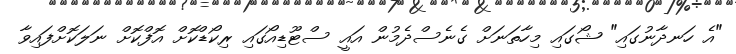
"އެ ހަނދާނުގައި" ޝޯގައި މިހާތަނަށް ގެނެސްދެމުން އައީ ސްޓޫޑިއޯގައި ރިކޯޑްކޮށް އޮފްކޮށް ނަލަކޮށްފައިވާ